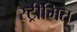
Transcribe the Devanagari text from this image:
स्ट्रीमित